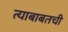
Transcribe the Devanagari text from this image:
त्याबाबतची